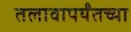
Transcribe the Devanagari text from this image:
तलावापर्यंतच्या